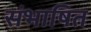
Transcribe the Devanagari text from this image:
संभाषित